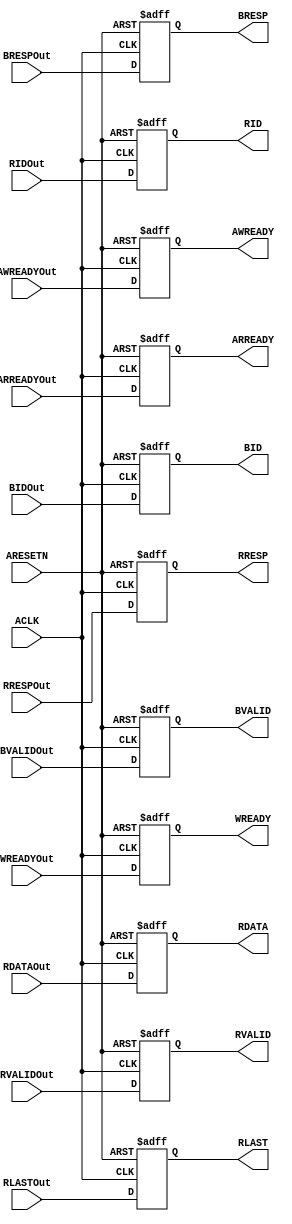
// ****************************************************************************/
// Microsemi Corporation Proprietary and Confidential
// Copyright 2015 Microsemi Corporation.  All rights reserved.
//
// ANY USE OR REDISTRIBUTION IN PART OR IN WHOLE MUST BE HANDLED IN
// ACCORDANCE WITH THE MICROSEMI LICENSE AGREEMENT AND MUST BE APPROVED
// IN ADVANCE IN WRITING.
//
// Description: 
//
// SVN Revision Information:
// SVN $Revision: 27754 $
// SVN $Date: 2016-11-08 08:10:59 +0530 (Tue, 08 Nov 2016) $
//
// Resolved SARs
// SAR      Date     Who   Description
//
// Notes:
//
// ****************************************************************************/
module COREAXITOAHBL_AXIOutReg(
                // Global inputs,
                ACLK,
                ARESETN,
                
                // AXISlaveCtrl inputs
                BRESPOut,
                BIDOut,
                AWREADYOut,
                WREADYOut,
                BVALIDOut,
                ARREADYOut,
                RVALIDOut,
                RLASTOut,
                RDATAOut,
                RIDOut,
                RRESPOut,
                
                // AXIMaster outputs
                BRESP,
                BID,
                AWREADY,
                WREADY,
                BVALID,
                ARREADY,
                RVALID,
                RLAST,
                RDATA,
                RID,
                RRESP
                );
////////////////////////////////////////////////////////////////////////////////
// User modifiable parameters
////////////////////////////////////////////////////////////////////////////////
parameter ID_WIDTH = 4;         // Sets the width of the ID field supported.
parameter AXI_DWIDTH = 64;      // Sets the AXI data width - 32/64.
parameter AXI_STRBWIDTH = 8;    // Sets the AXI strobe width depending on AXI data width.
////////////////////////////////////////////////////////////////////////////////
//
////////////////////////////////////////////////////////////////////////////////
                        // Global inputs,
input                   ACLK;
input                   ARESETN;

                        // AXISlaveCtrl inputs
input  [1:0]            BRESPOut;
input  [ID_WIDTH-1:0]   BIDOut;
input                   AWREADYOut;
input                   WREADYOut;
input                   BVALIDOut;
input                   ARREADYOut;
input                   RVALIDOut;
input                   RLASTOut;
input  [AXI_DWIDTH-1:0] RDATAOut;
input  [ID_WIDTH-1:0]   RIDOut;
input  [1:0]            RRESPOut;

                        // AXIMaster outputs
output  [1:0]           BRESP;
output  [ID_WIDTH-1:0]  BID;
output                  AWREADY;
output                  WREADY;
output                  BVALID;
output                  ARREADY;
output                  RVALID;
output                  RLAST;
output  [AXI_DWIDTH-1:0] RDATA;
output  [ID_WIDTH-1:0]  RID;
output  [1:0]           RRESP;

reg     [1:0]           BRESP;
reg     [ID_WIDTH-1:0]  BID;
reg                     AWREADY;
reg                     WREADY;
reg                     BVALID;
reg                     ARREADY;
reg                     RVALID;
reg                     RLAST;
reg     [AXI_DWIDTH-1:0] RDATA;
reg     [ID_WIDTH-1:0]  RID;
reg     [1:0]           RRESP;

////////////////////////////////////////////////////////////////////////////////
// Output register
////////////////////////////////////////////////////////////////////////////////
always @ (posedge ACLK or negedge ARESETN)
begin
    if (!ARESETN)
    begin
        BRESP[1:0] <= 2'b0;
        BID[ID_WIDTH-1:0] <= {ID_WIDTH{1'b0}};
        AWREADY <= 1'b0;
        WREADY <= 1'b0;
        BVALID <= 1'b0;
        ARREADY <= 1'b0;
        RVALID <= 1'b0;
        RLAST <= 1'b0;
        RDATA <= 'h0;
        RID[ID_WIDTH-1:0] <= {ID_WIDTH{1'b0}};
        RRESP[1:0] <= 2'b0;
    end
    else
    begin
        BRESP <= BRESPOut;
        BID <= BIDOut;
        AWREADY <= AWREADYOut;
        WREADY <= WREADYOut;
        BVALID <= BVALIDOut;
        ARREADY <= ARREADYOut;
        RVALID <= RVALIDOut;
        RLAST <= RLASTOut;
        RDATA <= RDATAOut;
        RID <= RIDOut;
        RRESP <= RRESPOut;
    end
end

endmodule // COREAXITOAHBL_AXIOutReg